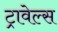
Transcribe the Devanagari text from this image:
ट्रावेल्स